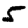
Digit: 5